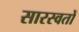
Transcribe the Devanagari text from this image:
सारस्वतों